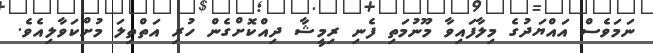
ނަމަވެސް އައްޔަދުގެ މިލާފައިވާ މޫނުމަތި ފެނި ރިމީޝާ ދިއްކޮށްގެން ހުރި އަތްތިލަ މުށްކަވާލިއެވެ.